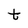
Character: t